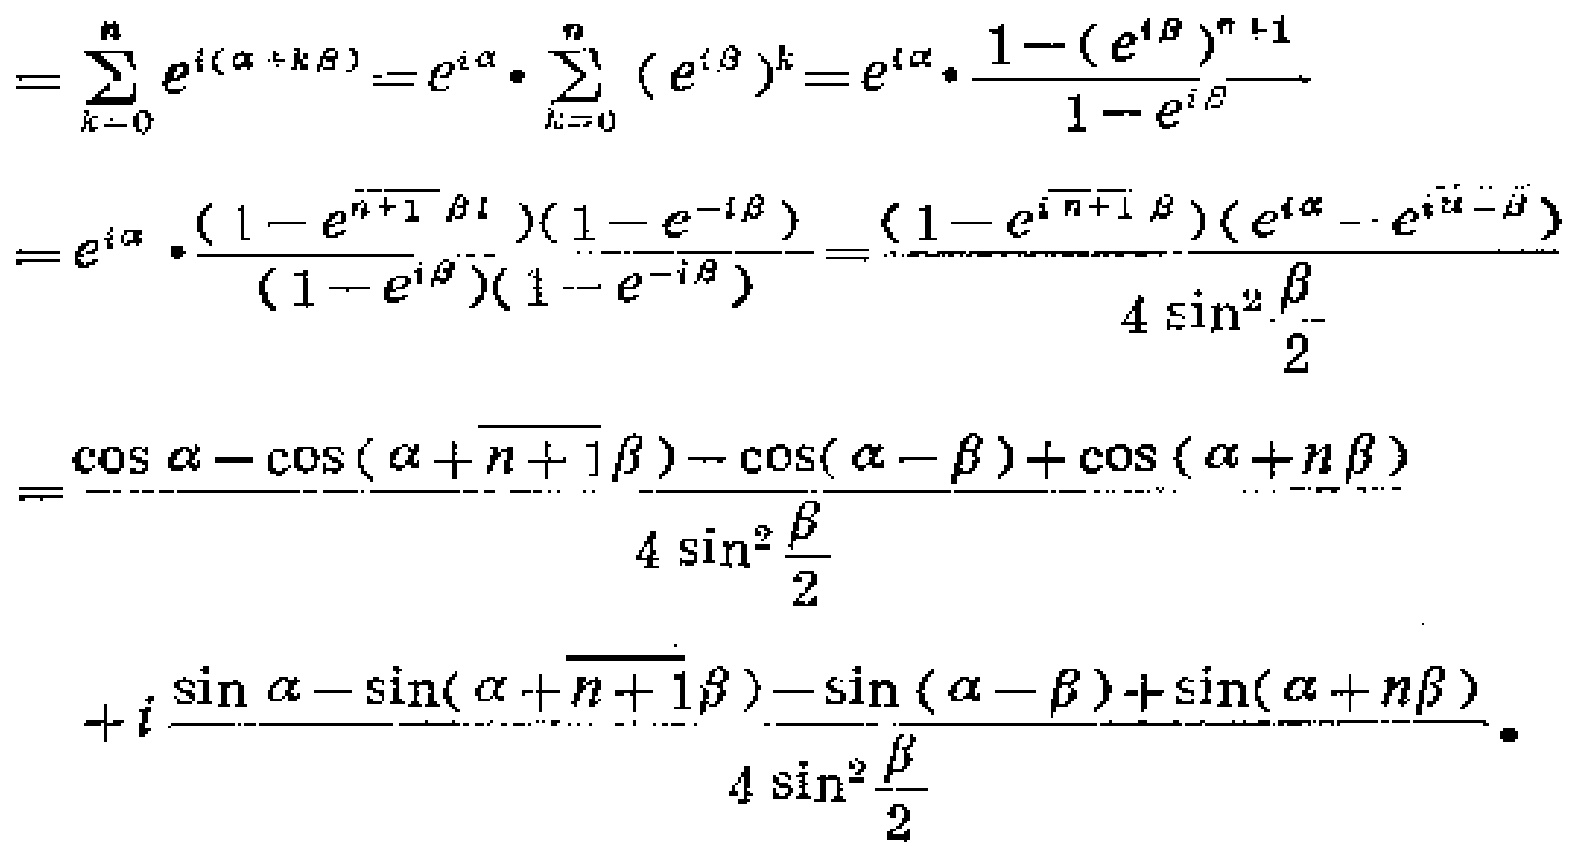
\[
\begin{align*}
&=\sum_{k = 0}^{n}e^{i(\alpha + k\beta)}=e^{i\alpha}\cdot\sum_{k = 0}^{n}(e^{i\beta})^{k}=e^{i\alpha}\cdot\frac{1-(e^{i\beta})^{n + 1}}{1 - e^{i\beta}}\\
&=e^{i\alpha}\cdot\frac{(1 - e^{\overline{n + 1}\beta i})(1 - e^{-i\beta})}{(1 - e^{i\beta})(1 - e^{-i\beta})}=\frac{(1 - e^{i\overline{n + 1}\beta})(e^{i\alpha}-e^{i\overline{\alpha-\beta}})}{4\sin^{2}\frac{\beta}{2}}\\
&=\frac{\cos\alpha-\cos(\alpha+\overline{n + 1}\beta)-\cos(\alpha - \beta)+\cos(\alpha + n\beta)}{4\sin^{2}\frac{\beta}{2}}\\
&+i\frac{\sin\alpha-\sin(\alpha+\overline{n + 1}\beta)-\sin(\alpha - \beta)+\sin(\alpha + n\beta)}{4\sin^{2}\frac{\beta}{2}}.
\end{align*}
\]